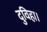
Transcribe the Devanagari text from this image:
दुविहा।